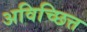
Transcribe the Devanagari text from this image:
अविच्छित्त